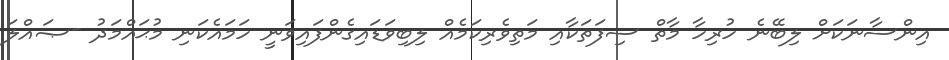
އިންސާނަކަށް ލިބޭނެ ހުރިހާ މާތް ސިފަތަކާއި މަތިވެރިކަމެއް ލިބިވަޑައިގެންފައިވަނީ ހަމައެކަނި މުޙައްމަދު -ޞައްލަ